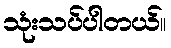
သုံးသပ်ပါတယ်။